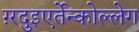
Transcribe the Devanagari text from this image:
ग़्रदुइएर्तेन्कोल्लेग